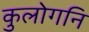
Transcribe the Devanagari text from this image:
कुलोगनि